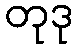
တုဒု